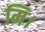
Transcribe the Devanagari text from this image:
मि।